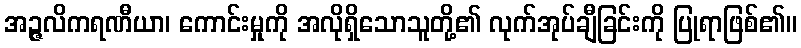
အဉ္ဇလိကရဏီယာ၊ ကောင်းမှုကို အလိုရှိသောသူတို့၏ လုက်အုပ်ချီခြင်းကို ပြုရာဖြစ်၏။